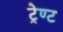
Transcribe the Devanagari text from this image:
ट्रेण्ट